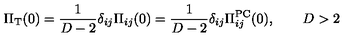
\Pi _ { \mathrm { T } } ( 0 ) = \frac { 1 } { D - 2 } \delta _ { i j } \Pi _ { i j } ( 0 ) = \frac { 1 } { D - 2 } \delta _ { i j } \Pi _ { i j } ^ { \mathrm { P C } } ( 0 ) , \qquad D > 2